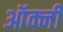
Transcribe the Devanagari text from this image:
ऑर्क्नी